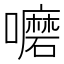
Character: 嚰